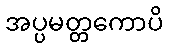
အပ္ပမတ္တကောပိ